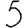
Digit: 5